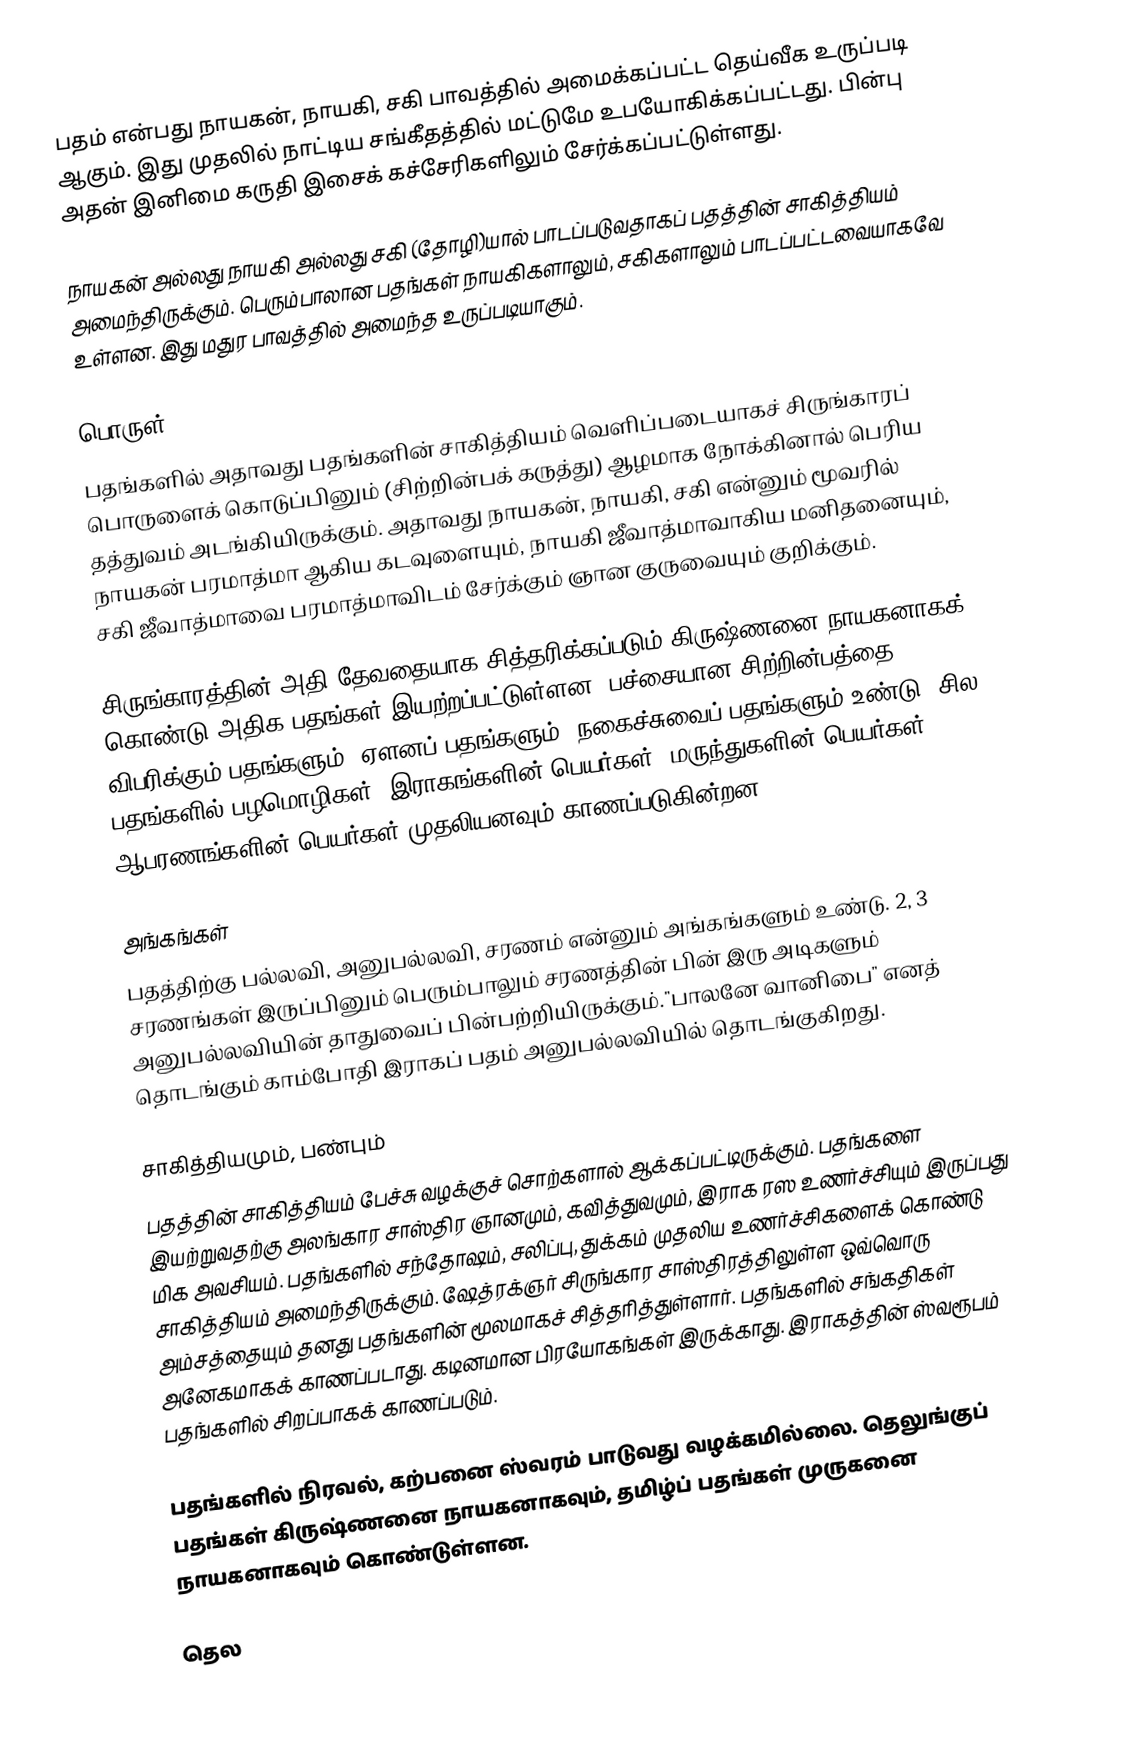
பதம் என்பது நாயகன், நாயகி, சகி பாவத்தில் அமைக்கப்பட்ட தெய்வீக உருப்படி ஆகும். இது முதலில் நாட்டிய சங்கீதத்தில் மட்டுமே உபயோகிக்கப்பட்டது. பின்பு அதன் இனிமை கருதி இசைக் கச்சேரிகளிலும் சேர்க்கப்பட்டுள்ளது.

நாயகன் அல்லது நாயகி அல்லது சகி (தோழி)யால் பாடப்படுவதாகப் பதத்தின் சாகித்தியம் அமைந்திருக்கும். பெரும்பாலான பதங்கள் நாயகிகளாலும், சகிகளாலும் பாடப்பட்டவையாகவே உள்ளன. இது மதுர பாவத்தில் அமைந்த உருப்படியாகும்.

பொருள்
பதங்களில் அதாவது பதங்களின் சாகித்தியம் வெளிப்படையாகச் சிருங்காரப் பொருளைக் கொடுப்பினும் (சிற்றின்பக் கருத்து) ஆழமாக நோக்கினால் பெரிய தத்துவம் அடங்கியிருக்கும். அதாவது நாயகன், நாயகி, சகி என்னும் மூவரில் நாயகன் பரமாத்மா ஆகிய கடவுளையும், நாயகி ஜீவாத்மாவாகிய மனிதனையும், சகி ஜீவாத்மாவை பரமாத்மாவிடம் சேர்க்கும் ஞான குருவையும் குறிக்கும்.

சிருங்காரத்தின் அதி தேவதையாக சித்தரிக்கப்படும் கிருஷ்ணனை நாயகனாகக் கொண்டு அதிக பதங்கள் இயற்றப்பட்டுள்ளன. பச்சையான சிற்றின்பத்தை விபரிக்கும் பதங்களும், ஏளனப் பதங்களும், நகைச்சுவைப் பதங்களும் உண்டு. சில பதங்களில் பழமொழிகள், இராகங்களின் பெயர்கள், மருந்துகளின் பெயர்கள், ஆபரணங்களின் பெயர்கள் முதலியனவும் காணப்படுகின்றன.

அங்கங்கள்
பதத்திற்கு பல்லவி, அனுபல்லவி, சரணம் என்னும் அங்கங்களும் உண்டு. 2, 3 சரணங்கள் இருப்பினும் பெரும்பாலும் சரணத்தின் பின் இரு அடிகளும் அனுபல்லவியின் தாதுவைப் பின்பற்றியிருக்கும்."பாலனே வானிபை" எனத் தொடங்கும் காம்போதி இராகப் பதம் அனுபல்லவியில் தொடங்குகிறது.

சாகித்தியமும், பண்பும்
பதத்தின் சாகித்தியம் பேச்சு வழக்குச் சொற்களால் ஆக்கப்பட்டிருக்கும். பதங்களை இயற்றுவதற்கு அலங்கார சாஸ்திர ஞானமும், கவித்துவமும், இராக ரஸ உணர்ச்சியும் இருப்பது மிக அவசியம். பதங்களில் சந்தோஷம், சலிப்பு, துக்கம் முதலிய உணர்ச்சிகளைக் கொண்டு சாகித்தியம் அமைந்திருக்கும். ஷேத்ரக்ஞர் சிருங்கார சாஸ்திரத்திலுள்ள ஒவ்வொரு அம்சத்தையும் தனது பதங்களின் மூலமாகச் சித்தரித்துள்ளார். பதங்களில் சங்கதிகள் அனேகமாகக் காணப்படாது. கடினமான பிரயோகங்கள் இருக்காது. இராகத்தின் ஸ்வரூபம் பதங்களில் சிறப்பாகக் காணப்படும்.

பதங்களில் நிரவல், கற்பனை ஸ்வரம் பாடுவது வழக்கமில்லை. தெலுங்குப் பதங்கள் கிருஷ்ணனை நாயகனாகவும், தமிழ்ப் பதங்கள் முருகனை நாயகனாகவும் கொண்டுள்ளன.

தெல